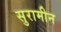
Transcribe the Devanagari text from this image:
सुरामीन